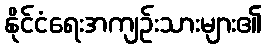
နိုင်ငံရေးအကျဉ်းသားများ၏